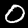
Digit: 0